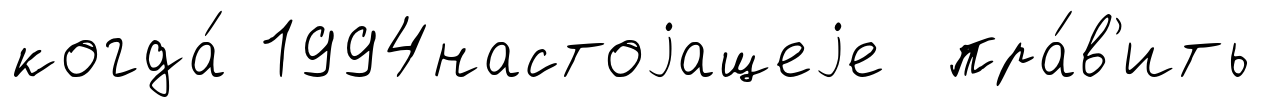
когда́ 1994настоjащеjе пра́в'ить